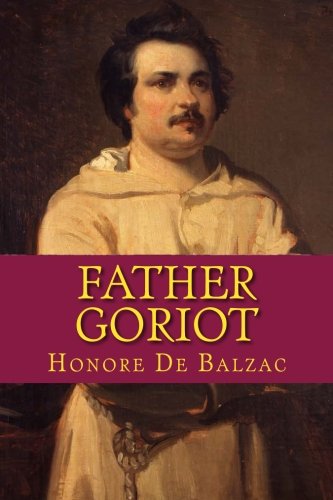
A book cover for Father GORIOT, New Edition; Honore De Balzac; Romance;